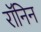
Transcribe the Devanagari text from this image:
रॉनिन